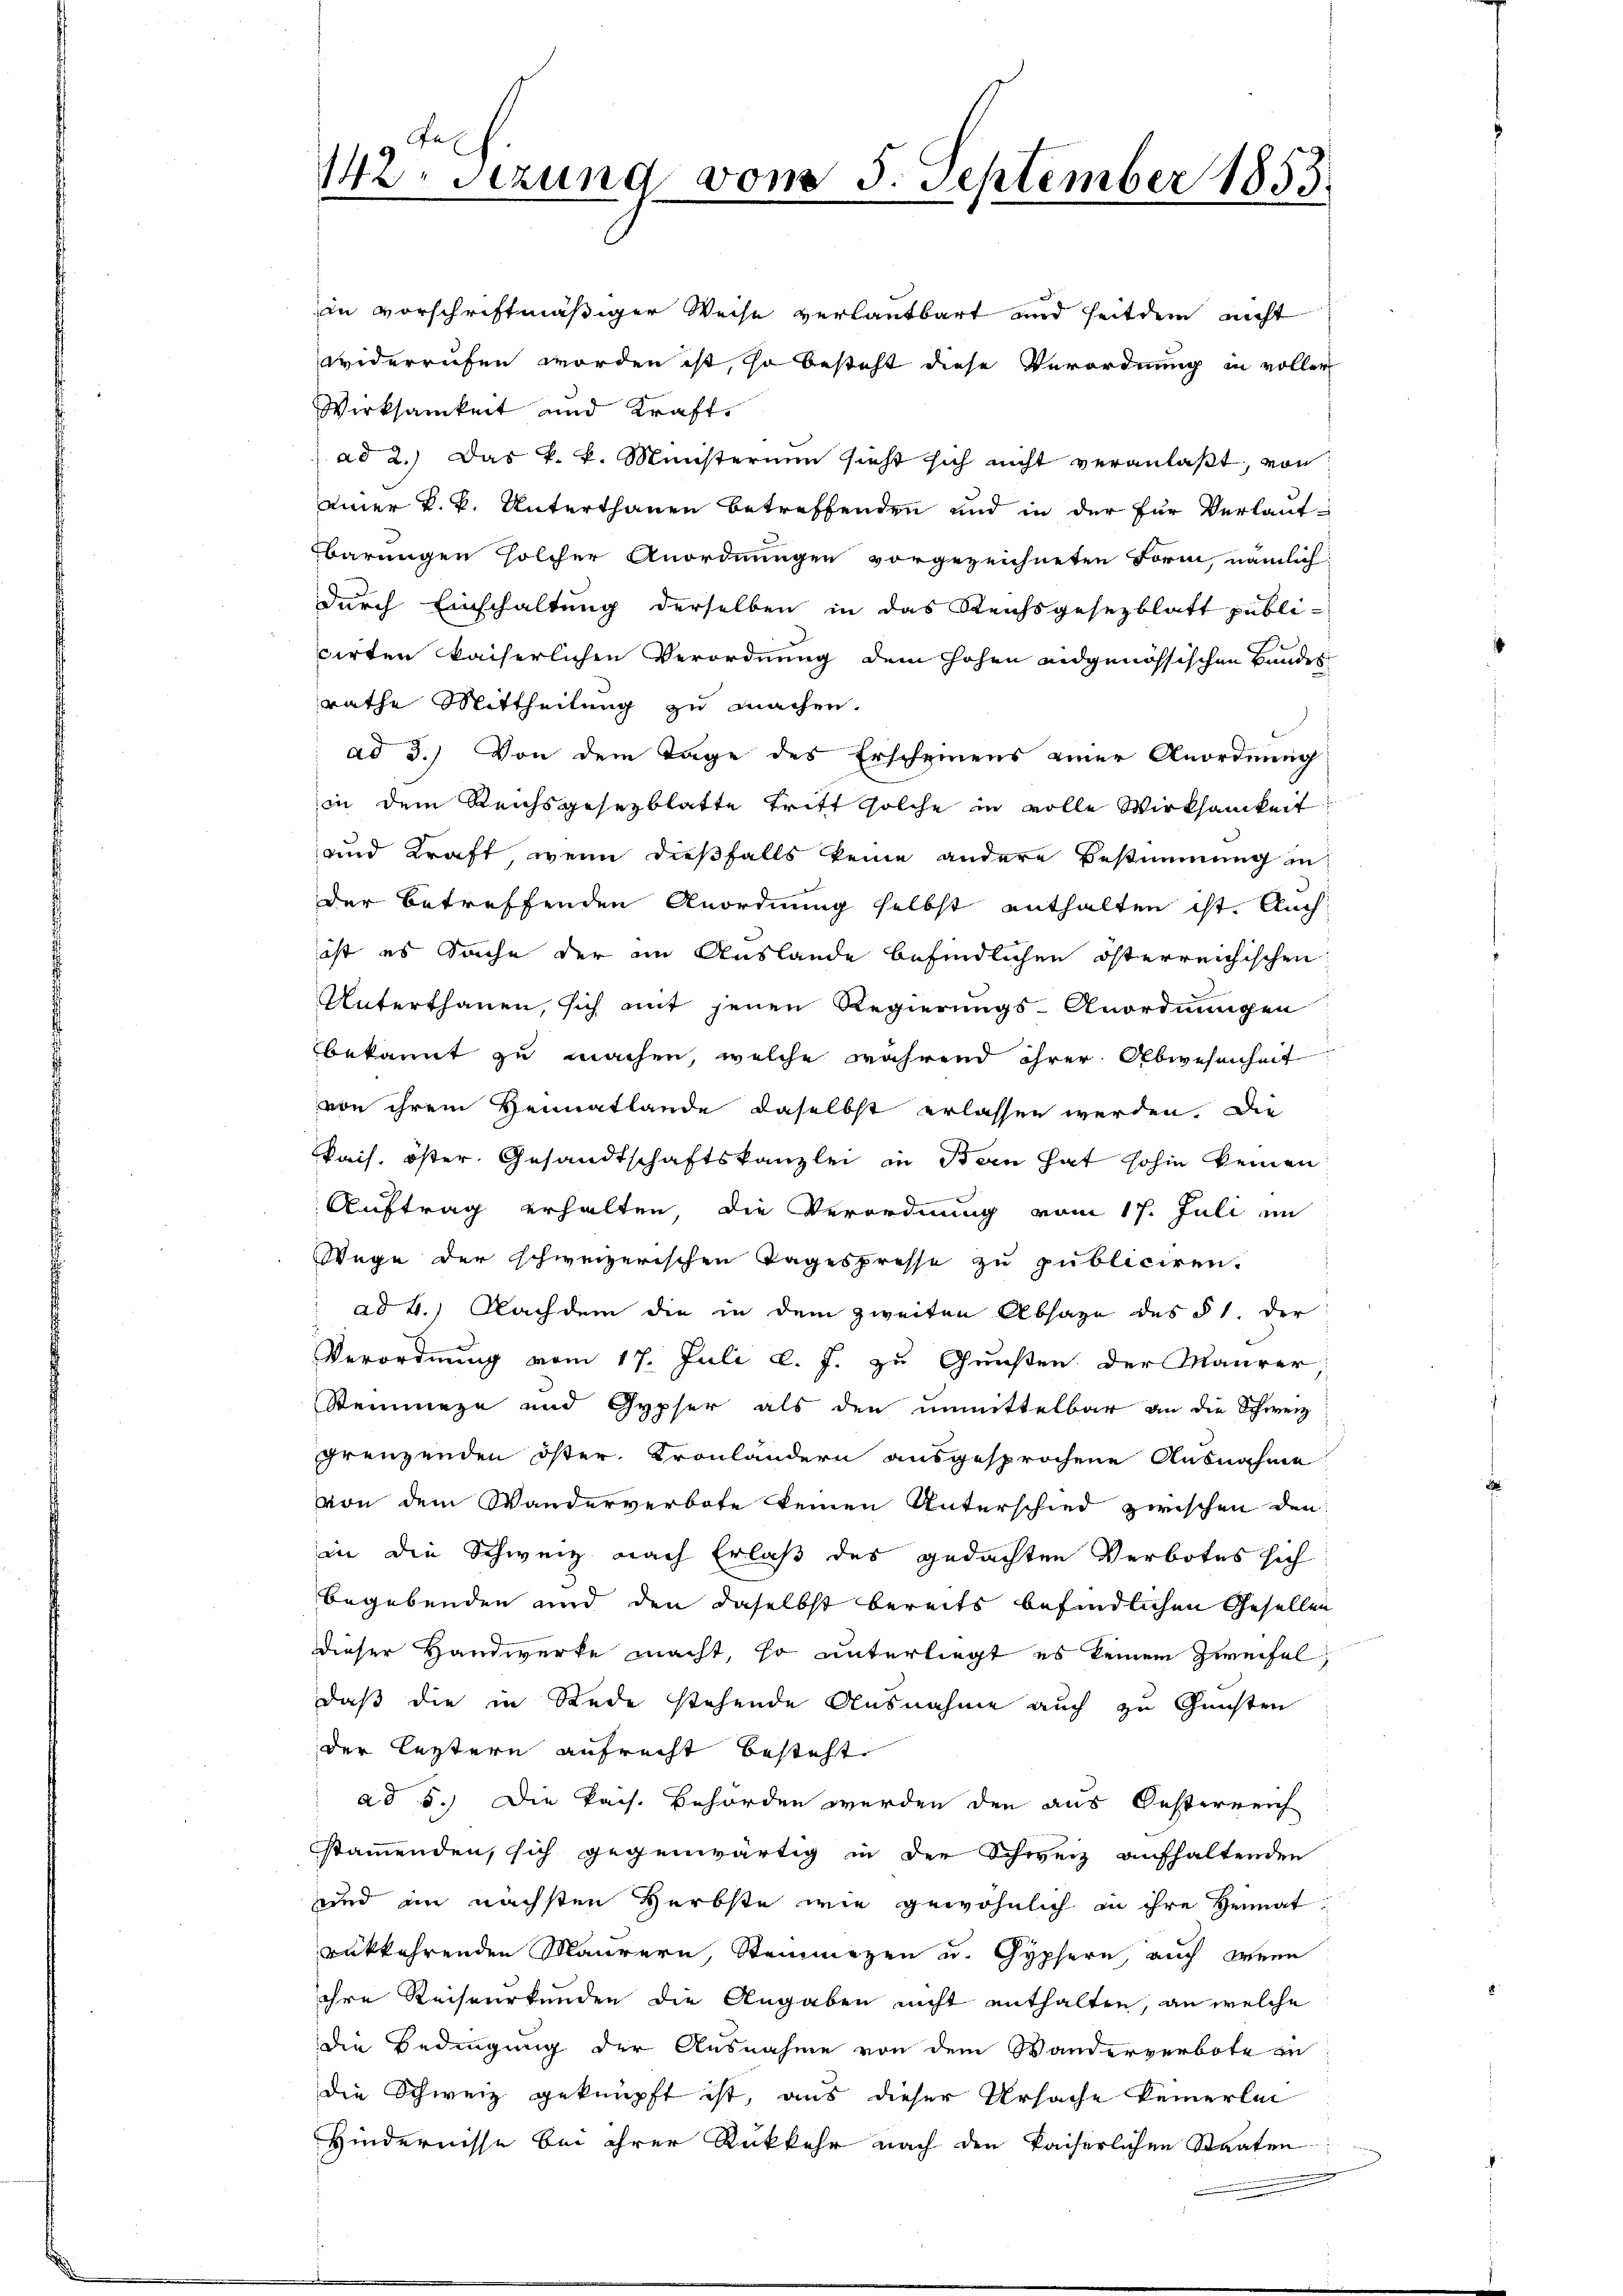
a
142. Setzung

D

377

25. September 1853.

in vorschriftmäßiger Weise verlautbart und seitdem nicht
widerrufen worden ist, so besteht diese Verordnung in voller
Wirksamkeit und Kraft,
ad 2.) Das k. k. Ministerium sieht sich nicht veranlaßt, von
ainer k. k. Unterthanen betreffenden und in der für Verlaufbarungen solcher Anordnungen vorgezeichneten Form, nämlich
durch Einschaltung derselben in das Reichsgesezblatt publi-
cirten kaiserlichen Verordnung dem Hohen eidgenössischen Bundes
rathe Mittheilung zu machen.
ad 3.) Von dem Tage des Erscheinens einer Anordnung
in dem Reichsgesezblatte tritt solche in volle Wirksamkeit
und Kraft, wenn dießfalls keine andere Bestimmung in
der betreffenden Anordnung selbst enthalten ist. Auch
ist es Sache der im Auslande befindlichen österreichischen
Unterthanen, sich mit jenen Regierungs-Anordnungen
bekannt zu machen, welche während ihrer Abwesenheit
von ihrem Heimatlande daselbst erlassen werden. Die
kais. öster Gesandtschaftskanzlei in Bern hat sohin keinen
Auftrag erhalten, die Verordnung vom 17. Juli im
Wege der schweizerischen Tagespresse zu publiciren.
 ad 2.) Nachdem die in dem zweiten Absage des § 1. der
Verordnung vom 17. Juli d. J. zu Gunsten der Maurer
Steinmaze und Gypser als den unmittelbar an die Schweiz
grenzenden öster Kronländern ausgesprochene Ausnahme
von dem Wanderverbote keinen Unterschied zwischen den
in die Schweiz nach Erlaß des gedachten Verbotes sich
begebenden und den daselbst bereits befindlichen Gesellen
dieser Handwerke macht, so unterliegt es keinem Zweifel
daß die in Rede stehende Ausnahme auch zu Gunsten
der leztern aufrecht besteht.
ad 5.) Die kais. Behörden werden den aus Oesterreich
stammenden, sich gegenwärtig in der Schweiz aufhaltenden
sind im nächsten Herbste wie gewöhnlich in ihre Heimatrükkehrenden Maurern, Steinmezen u. Gypfern, auch wenn
ihre Reiseurkunden die Angaben nicht enthalten, an welche
die Bedingung der Ausnahme von dem Wanderverbote in
die Schweiz geknüpft ist, aus dieser Ursache keinerlei
Hindernisse bei ihrer Rückkehr nach den kaiserlichen Staaten